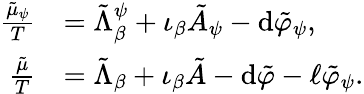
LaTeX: \begin{array}{rl}{\frac{\tilde{\mu}_{\psi}}{T}}&{=\tilde{\Lambda}_{\beta}^{\psi}+\iota_{\beta}\tilde{A}_{\psi}-\mathrm{d}\tilde{\varphi}_{\psi},}\\ {\frac{\tilde{\mu}}{T}}&{=\tilde{\Lambda}_{\beta}+\iota_{\beta}\tilde{A}-\mathrm{d}\tilde{\varphi}-\ell\tilde{\varphi}_{\psi}.}\end{array}